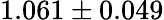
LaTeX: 1.061\pm 0.049